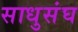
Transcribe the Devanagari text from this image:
साधुसंघ